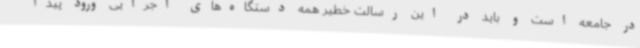
در جامعه است و باید در این رسالت خطیر همه دستگاه‌های اجرایی ورود پیدا